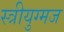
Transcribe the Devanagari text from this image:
स्त्रीयुग्मज